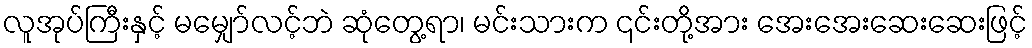
လူအုပ်ကြီးနှင့် မမျှော်လင့်ဘဲ ဆုံတွေ့ရာ၊ မင်းသားက ၎င်းတို့အား အေးအေးဆေးဆေးဖြင့်